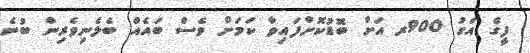
ފީގެ އަގު 900ރ އަށް ބޮޑުކޮށްފައިވާ ކަމަށް ވެސް ބައެއް ބެލެނިވެރިން ބުނެ